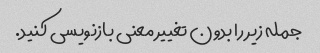
جمله زیر را بدون تغییر معنی بازنویسی کنید.